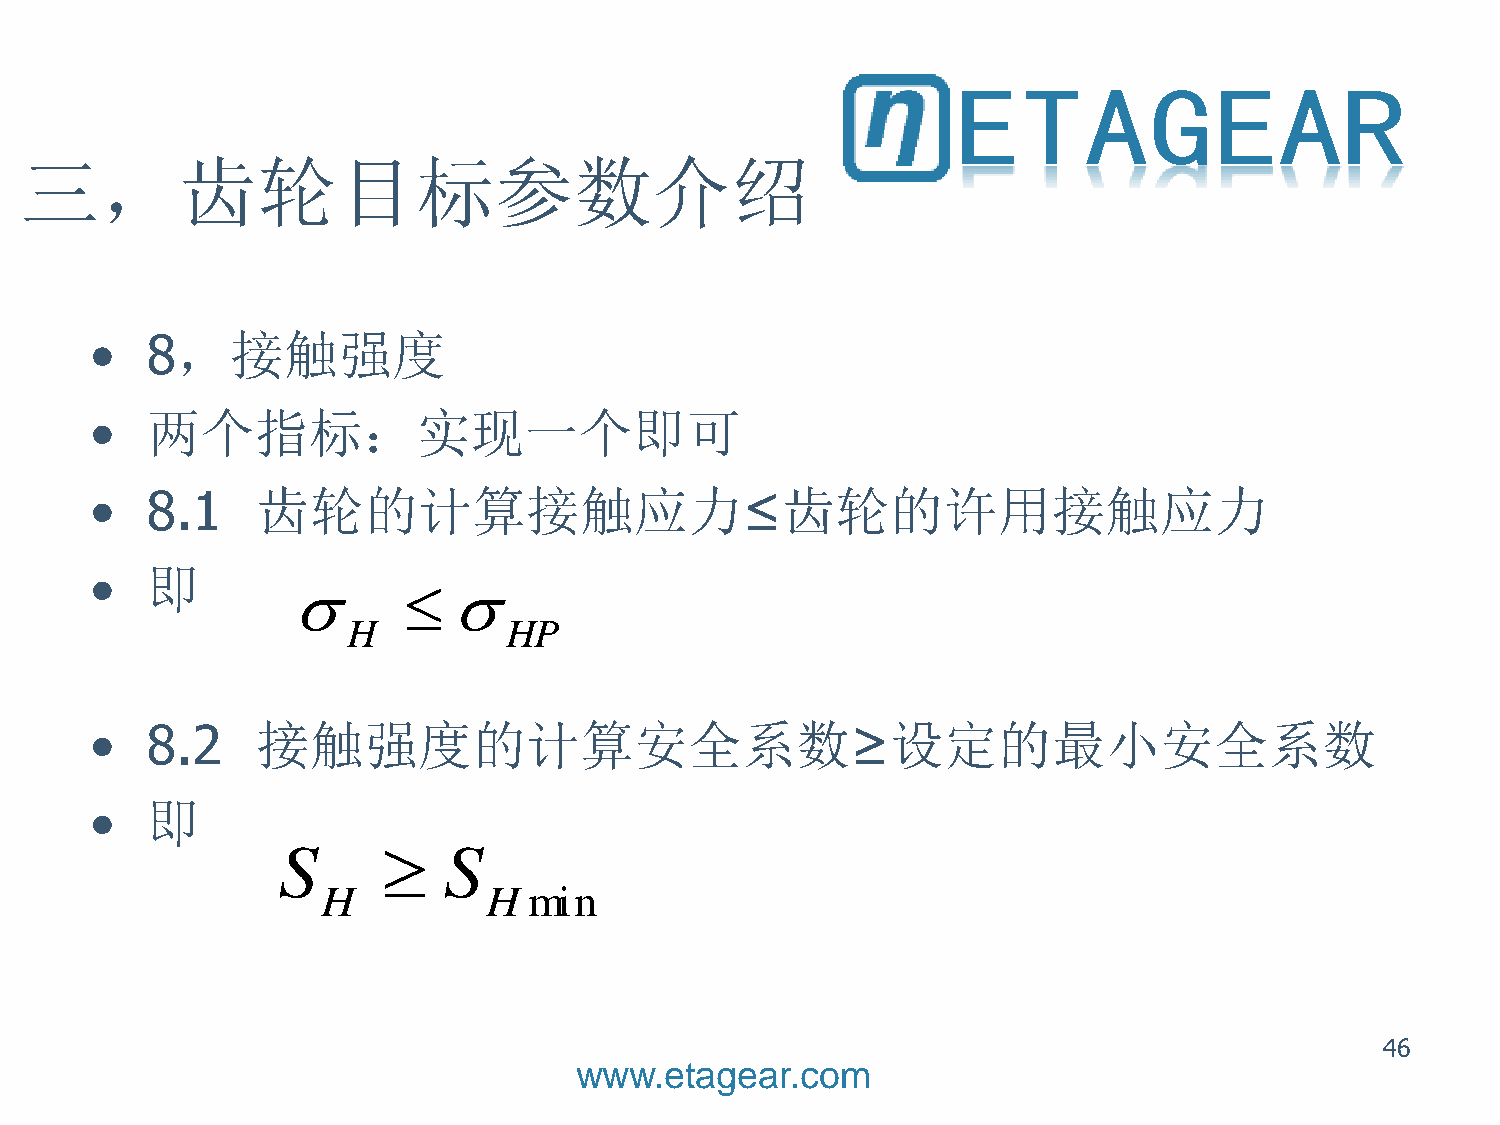
三，齿轮目标参数介绍
 •   8，接触强度
 •   两个指标：实现一个即可
 •   8.1    齿轮的计算接触应力≤齿轮的许用接触应力
 •   即
           
 •   8.2    接触强度的计算安全系数≥设定的最小安全系数
 •   即
 46
 www.etagear.com
 S
 H
 H
 
 
 S
 H
 H P
 m i n